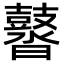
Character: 䶁